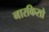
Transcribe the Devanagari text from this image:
नारकिसो